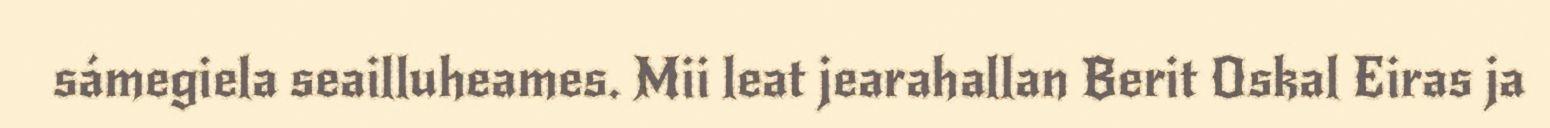
sámegiela seailluheames. Mii leat jearahallan Berit Oskal Eiras ja